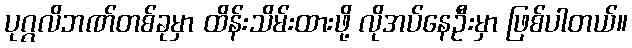
ပုဂ္ဂလိဘဏ်တစ်ခုမှာ ထိန်းသိမ်းထားဖို့ လိုအပ်နေဦးမှာ ဖြစ်ပါတယ်။